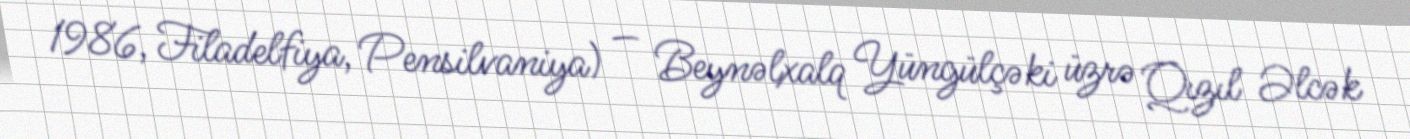
1986, Filadelfiya, Pensilvaniya) — Beynəlxalq Yüngülçəki üzrə Qızıl Əlcək